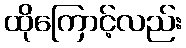
ထိုကြောင့်လည်း